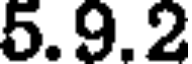
5.9.2